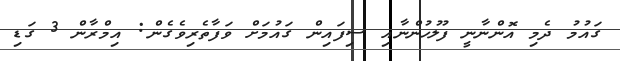
ގައުމު ދެމި އޮންނާނީ ފުލުހުންނާއި ސިފައިން ގައުމަށް ވަފާތެރިވެގެން: އިމްރާން 3 ގަޑި